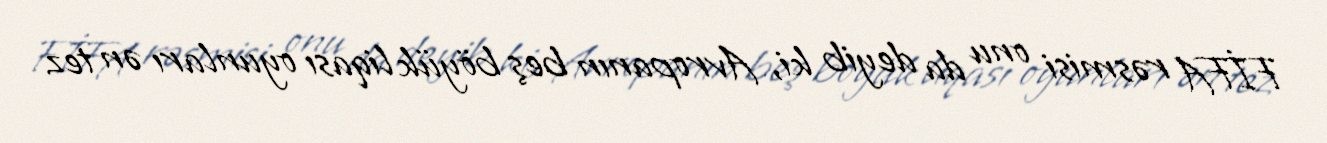
FİFA rəsmisi onu da deyib ki, Avropanın beş böyük liqası oyunları ən tez